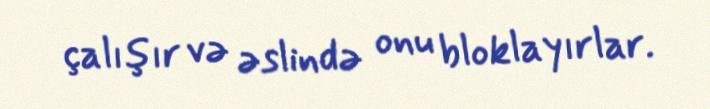
çalışır və əslində onu bloklayırlar.